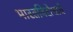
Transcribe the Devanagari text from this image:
भारतविरोधाचे